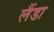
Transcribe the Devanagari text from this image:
लैंडा